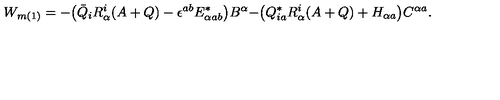
W _ { m ( 1 ) } = - \bigr ( \bar { Q } _ { i } R _ { \alpha } ^ { i } ( A + Q ) - \epsilon ^ { a b } E _ { \alpha a b } ^ { * } \bigr ) B ^ { \alpha } - \bigr ( Q _ { i a } ^ { * } R _ { \alpha } ^ { i } ( A + Q ) + H _ { \alpha a } \bigr ) C ^ { \alpha a } .